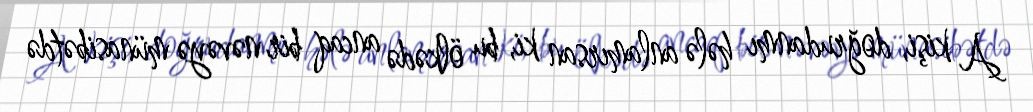
A kişi, doğrudanmı hələ anlamırsan ki, bu ölkədə ancaq bir nəvəyə münasibətdə